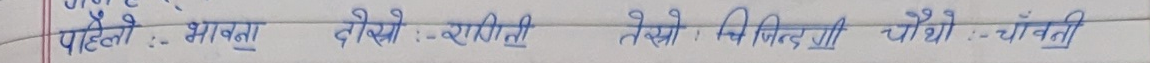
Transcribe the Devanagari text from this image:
पहिलो :- भावना
दोस्रो :- रागिनी
तेस्रो : चिजिन्दगी चौथो :- चाँवनी